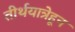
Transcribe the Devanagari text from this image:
तीर्थयात्रेहून